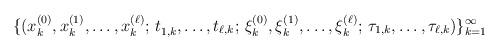
LaTeX: \begin{align*}\{(x^{(0)}_k,x^{(1)}_k,\dots,x^{(\ell)}_k;\,t^{}_{1,k},\dots,t_{\ell, k};\,\xi^{(0)}_k,\xi^{(1)}_k,\dots,\xi^{(\ell)}_k;\,\tau_{1,k},\dots,\tau_{\ell, k})\}_{k=1}^\infty\end{align*}